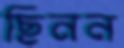
ছিনন